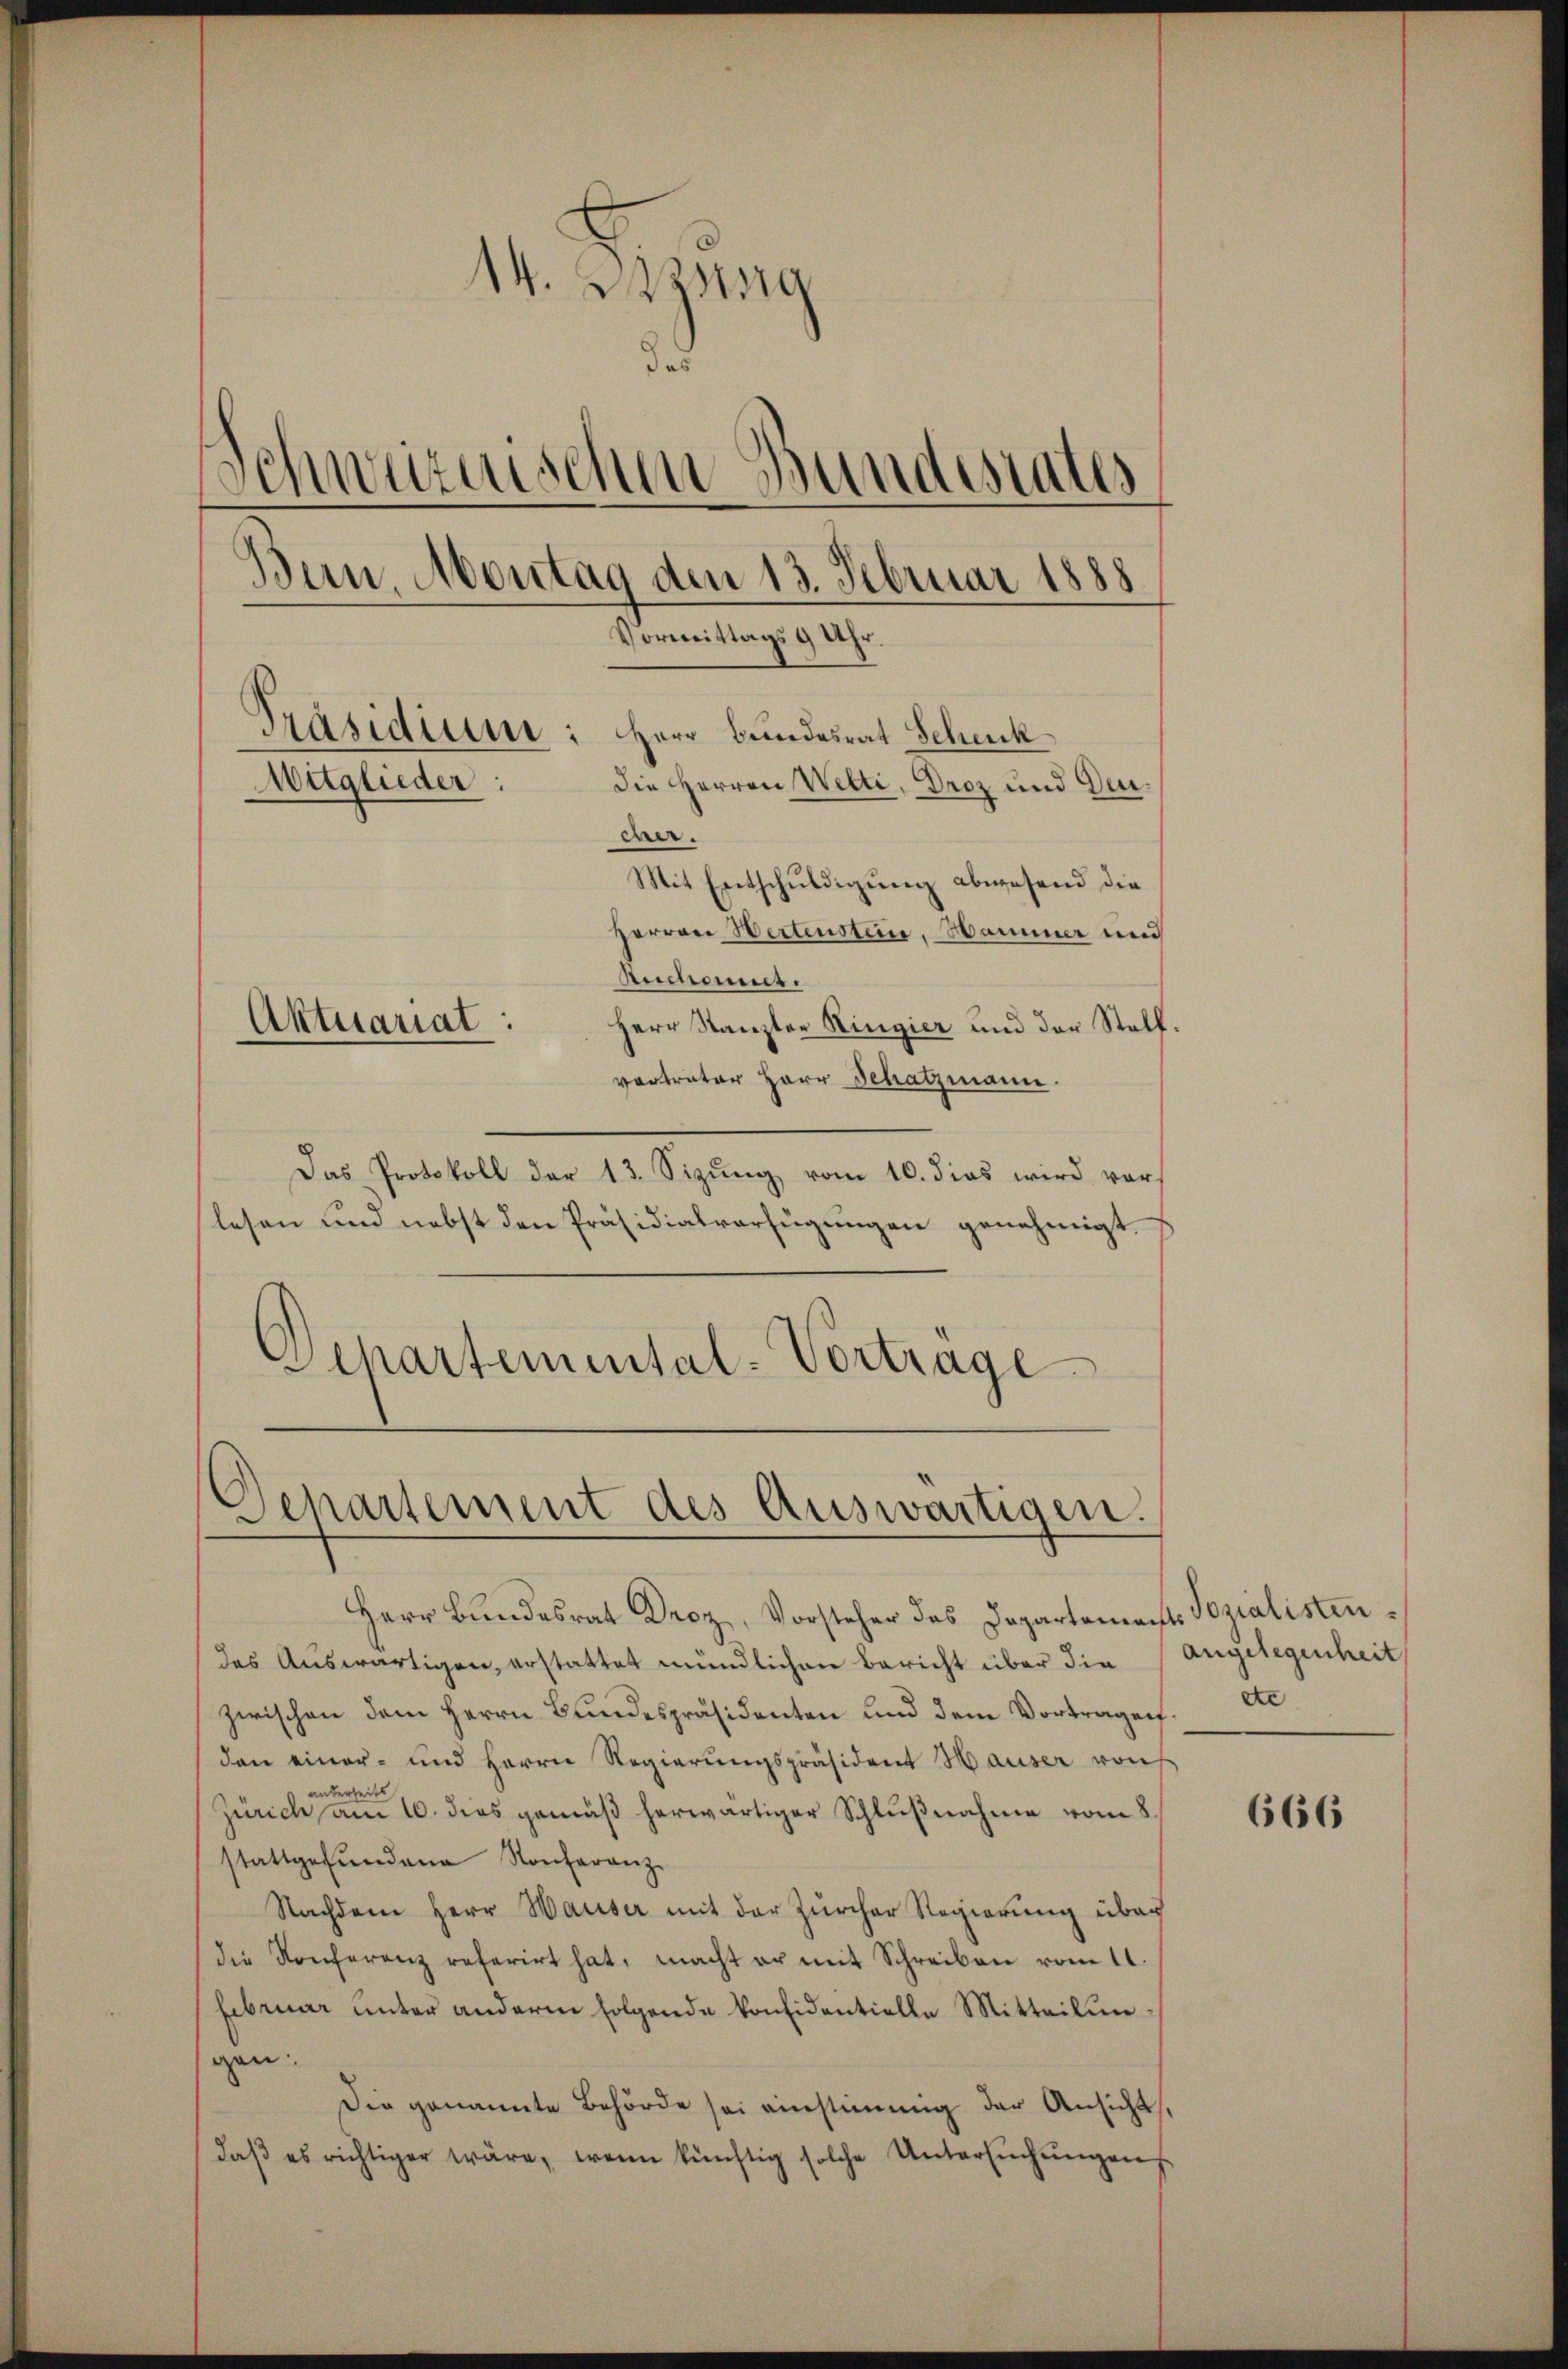
14. Bezug
das
Schwurnischen Bundesrates
Bun, Montag den 13. Februar 1888
Vormittags 9 Uhr.
Präsidium: Herr Bundesrat Schenk
Mitglieder:
die Herren Welti, Droz und Deuber.
Mit Entschuldigung abwesend die
Herren Wertenstein. Hammer und

Aktuariat:

Departement des Auswärtigen.

Rechant.
Herr Kanzler Ringier und der Stellvortreter Herr Schatzmann.
Das Protokoll der 13. Sizŭng vom 10. dies wird vor
lesen und nebst den Präsidialverfügungen genehmigt.
Schartemental-Vortrage

Herr Bundesrat Droz, Vorsteher das Departements Sozialistendas Auswärtigen, erstattet mündlichen Bericht über die
zwischen dem Herrn Bundespräsidenten und dem Vortragen.
den einer- und Herrn Regierŭngspräsident Hauser von
anderheits
Zürich am 10. dies gemäß herwärtiger Schlŭβnahme vom 8.
stattgefundene Konferanz-
Nachdem Herr Hauser mit der Zürcher Regierung über
die Konferenz referirt hat, macht er mit Schreiben vom 11.
Februar unter andere folgende konsidentielle Mitteilun
gen:
Die genannte Behörde sei einstimmig der Ansicht,
daβ es richtiger wäre, wenn künftig solche Untersŭchŭngen

angelegenheit
ec

666